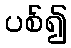
ပစ်၍